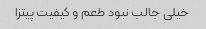
خیلی جالب نبود طعم و کیفیت پیتزا